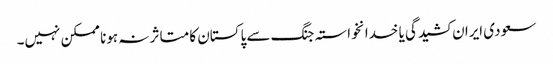
سعودی ایران کشیدگی یا خدانخواستہ جنگ سے پاکستان کا متاثر نہ ہونا ممکن نہیں۔